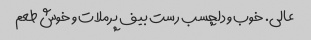
عالی. خوب و دلچسب رست بیف پرملات و خوش طعم